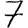
Digit: 7